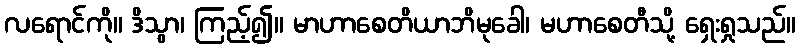
လရောင်ကို။ ဒိသွာ၊ ကြည့်၍။ မာဟာစေတိယာဘိမုခေါ၊ မဟာစေတီသို့ ရှေးရှုသည်။